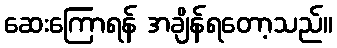
ဆေးကြောရန် အချိန်ရတော့သည်။